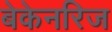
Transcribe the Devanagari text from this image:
बेकेनरिज